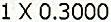
1 X 0.3000